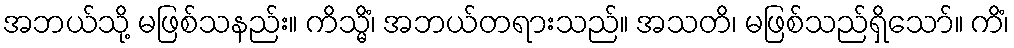
အဘယ်သို့ မဖြစ်သနည်း။ ကိသ္မိံ၊ အဘယ်တရားသည်။ အသတိ၊ မဖြစ်သည်ရှိသော်။ ကိံ၊